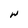
Character: W